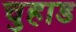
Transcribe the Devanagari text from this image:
चुहाड